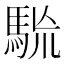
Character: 𩢯